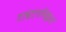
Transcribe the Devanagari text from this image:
टाइट्राबिब्लास